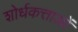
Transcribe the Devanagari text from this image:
शोर्धकत्ताओं